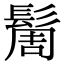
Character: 䯾